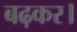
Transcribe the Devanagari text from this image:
बढ़कर।